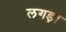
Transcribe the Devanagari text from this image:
लगड़ा